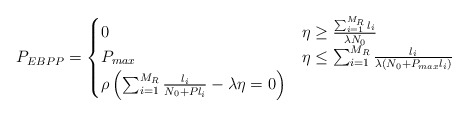
\begin{align*}P_{EBPP} = \begin{cases} 0 & \eta \geq \frac{\sum_{i=1}^{M_R}l_i}{\lambda N_0} \\ P_{max} & \eta \leq \sum_{i=1}^{M_R}\frac{ {l_i}}{\lambda\left(N_0 + P_{max} l_i\right)}\\ \rho\left(\sum_{i=1}^{M_R}\frac{l_i}{N_0 + P l_i} - \lambda \eta =0 \right) & \end{cases}\end{align*}